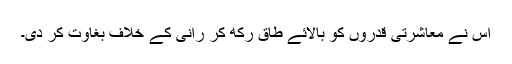
اس نے معاشرتی قدروں کو بالائے طاق رکھ کر رانی کے خلاف بغاوت کر دی۔